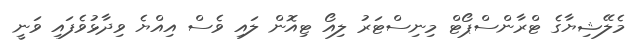
މެލޭޝިޔާގެ ޓްރާންސްޕޯޓް މިނިސްޓަރު ލިއޯ ޓިއޮން ލައި ވެސް އިއްޔެ ވިދާޅުވެފައި ވަނީ